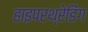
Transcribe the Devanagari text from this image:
हाइपरथ्रेडिंग